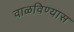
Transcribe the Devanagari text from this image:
वाळविण्यास